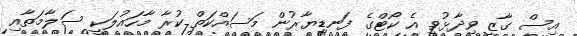
އިސް ގާޒީ ވިދާޅުވީ އެ ކޯޓްގެ ފަނޑިޔާރުން މަސައްކަތް ކުރާ މާހައުލަކީ ސަލާމަތާއި